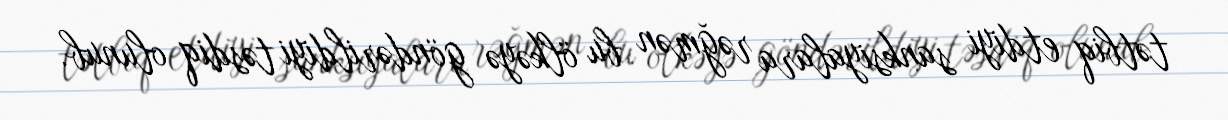
tətbiq etdiyi sanksiyalara rəğmən bu ölkəyə göndərildiyi təsdiq olunub.